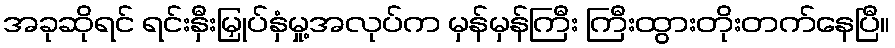
အခုဆိုရင် ရင်းနှီးမြှုပ်နှံမှု့အလုပ်က မှန်မှန်ကြီး ကြီးထွားတိုးတက်နေပြီ။